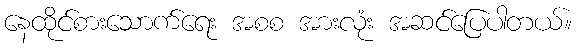
နေထိုင်စားသောက်ရေး အစစ အားလုံး အဆင်ပြေပါတယ်။